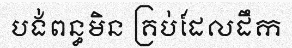
បង់ពន្ធមិន គ្រប់ដែលដឹក